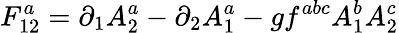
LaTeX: F_{12}^{a}=\partial_{1}A_{2}^{a}-\partial_{2}A_{1}^{a}-gf^{abc}A_{1}^{b}A_{2}^{c}